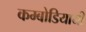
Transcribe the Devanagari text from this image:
कम्बोडियायी